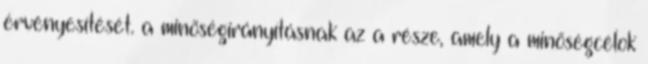
érvényesítését. a minõségirányításnak az a része, amely a minõségcélok